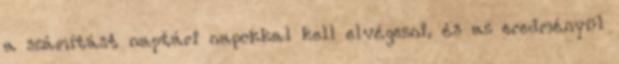
a számítást naptári napokkal kell elvégezni, és az eredményül